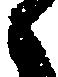
候